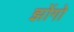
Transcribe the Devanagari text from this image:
झोंगो